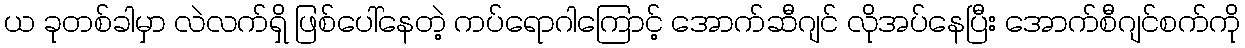
ယ ခုတစ်ခါမှာ လဲလက်ရှိ ဖြစ်ပေါ်နေတဲ့ ကပ်ရောဂါကြောင့် အောက်ဆီဂျင် လိုအပ်နေပြီး အောက်စီဂျင်စက်ကို